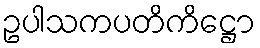
ဥပါသကပတိကိဋ္ဌော